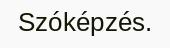
Szóképzés.